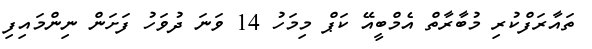
ތައާރަފްކުރި މުބާރާތް އެމްބީއޭ ކަޕް މިމަހު 14 ވަނަ ދުވަހު ފަށަން ނިންމައިފި